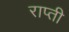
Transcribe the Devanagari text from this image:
राप्‍ती